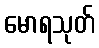
မောရသုတ်